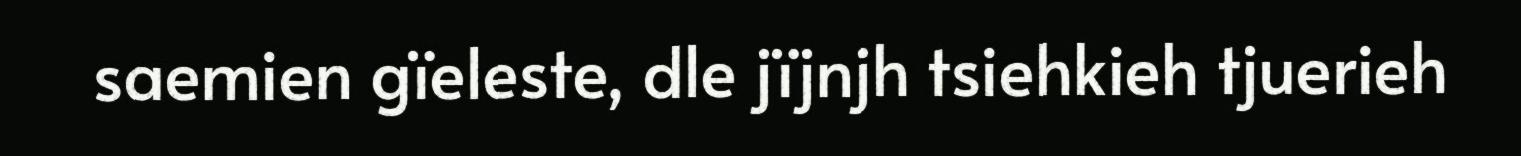
saemien gïeleste, dle jïjnjh tsiehkieh tjuerieh